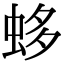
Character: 蛥